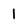
Character: 1